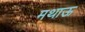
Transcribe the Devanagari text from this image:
मथाऊ